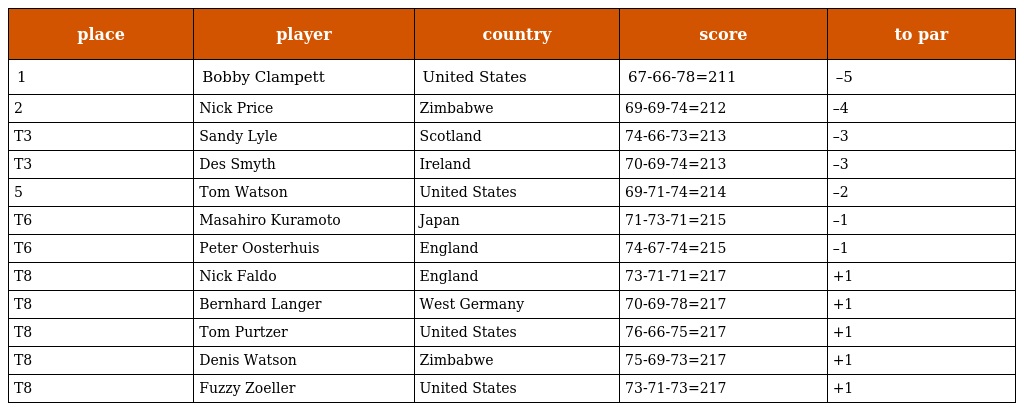
| place | player | country | score | to par |
 | --- | --- | --- | --- | --- |
 | 1 | Bobby Clampett | United States | 67-66-78=211 | –5 |
 | 2 | Nick Price | Zimbabwe | 69-69-74=212 | –4 |
 | T3 | Sandy Lyle | Scotland | 74-66-73=213 | –3 |
 | T3 | Des Smyth | Ireland | 70-69-74=213 | –3 |
 | 5 | Tom Watson | United States | 69-71-74=214 | –2 |
 | T6 | Masahiro Kuramoto | Japan | 71-73-71=215 | –1 |
 | T6 | Peter Oosterhuis | England | 74-67-74=215 | –1 |
 | T8 | Nick Faldo | England | 73-71-71=217 | +1 |
 | T8 | Bernhard Langer | West Germany | 70-69-78=217 | +1 |
 | T8 | Tom Purtzer | United States | 76-66-75=217 | +1 |
 | T8 | Denis Watson | Zimbabwe | 75-69-73=217 | +1 |
 | T8 | Fuzzy Zoeller | United States | 73-71-73=217 | +1 |